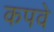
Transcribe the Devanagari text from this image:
कपवे